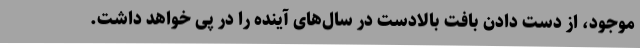
موجود، از دست دادن بافت بالادست در سال‌های آینده را در پی خواهد داشت.